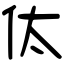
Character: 㑀